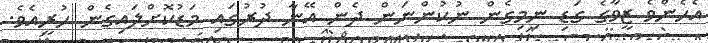
އެހެންވެ ޒީވާގެ ގަޑި ނިމިގެން ނުކުންނަން ދެން އޭނާ ދުރުގައި މަޑުކޮށްލައިގެން ހުރީއެވެ.